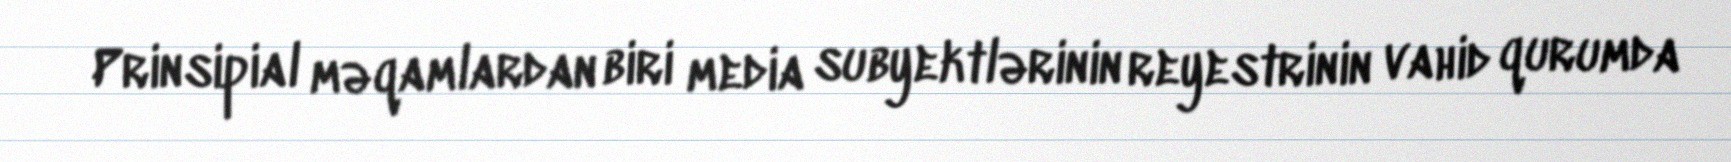
Prinsipial məqamlardan biri media subyektlərinin reyestrinin vahid qurumda